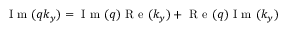
\mathrm { ~ I ~ m ~ } ( q k _ { y } ) = \mathrm { ~ I ~ m ~ } ( q ) \mathrm { ~ R ~ e ~ } ( k _ { y } ) + \mathrm { ~ R ~ e ~ } ( q ) \mathrm { ~ I ~ m ~ } ( k _ { y } )